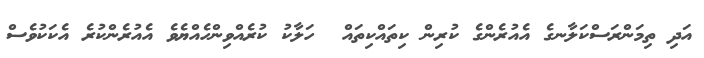
އަދި ތިމަންރަސްކަލާނގެ އެއުރެންގެ ކުރިން ކިތައްކިތައް  ހަލާކު ކުރެއްވިންހެއްޔެވެ އެއުރެންކުރެ އެކަކުވެސް